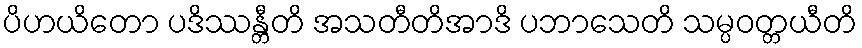
ပိဟယိတော ပဒိဿန္တီတိ အသတီတိအာဒိ ပဘာသေတိ သမ္ပဝတ္တယီတိ